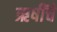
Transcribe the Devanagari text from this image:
ऋषींचें